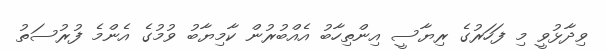
ވިދާޅުވީ މި ފަހަރުގެ ރިޔާސީ އިންތިހާބު އެއްބުރުން ކާމިޔާބު ވުމުގެ އެންމެ ފުރުސަތު